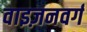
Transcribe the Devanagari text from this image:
वाइज़नवर्ग